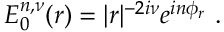
E _ { 0 } ^ { n , \nu } ( r ) = | r | ^ { - 2 i \nu } e ^ { i n \phi _ { r } } \ .